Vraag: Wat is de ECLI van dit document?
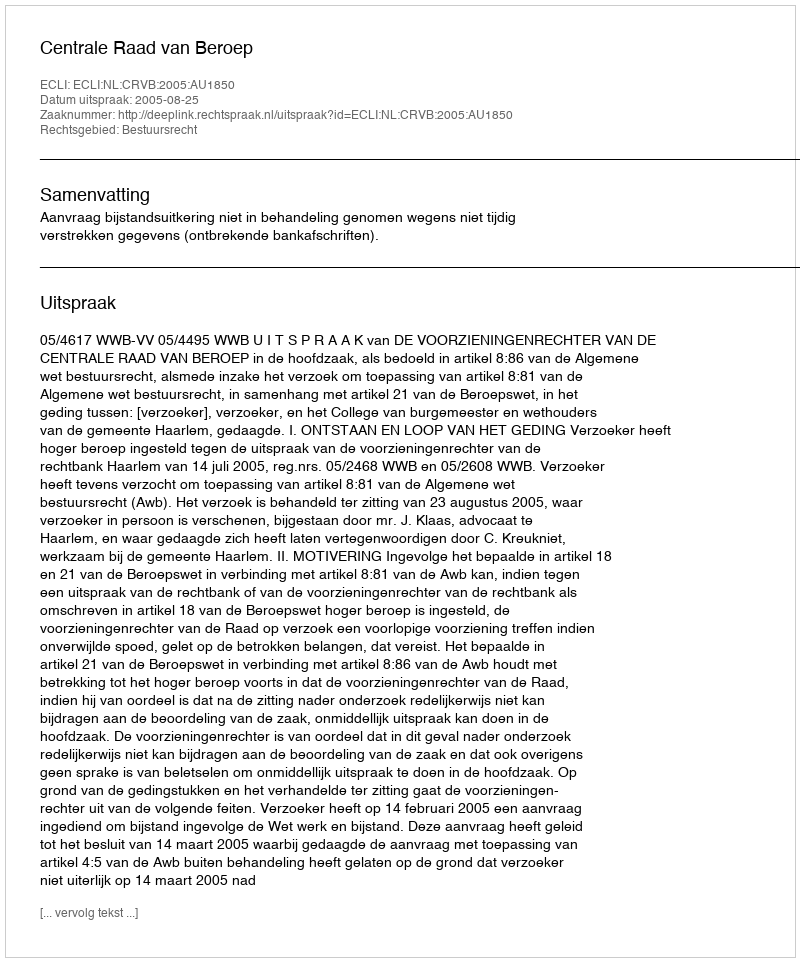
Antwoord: ECLI:NL:CRVB:2005:AU1850